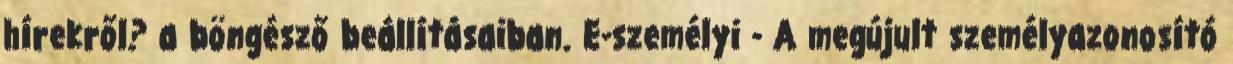
hírekről? a böngésző beállításaiban. E-személyi - A megújult személyazonosító